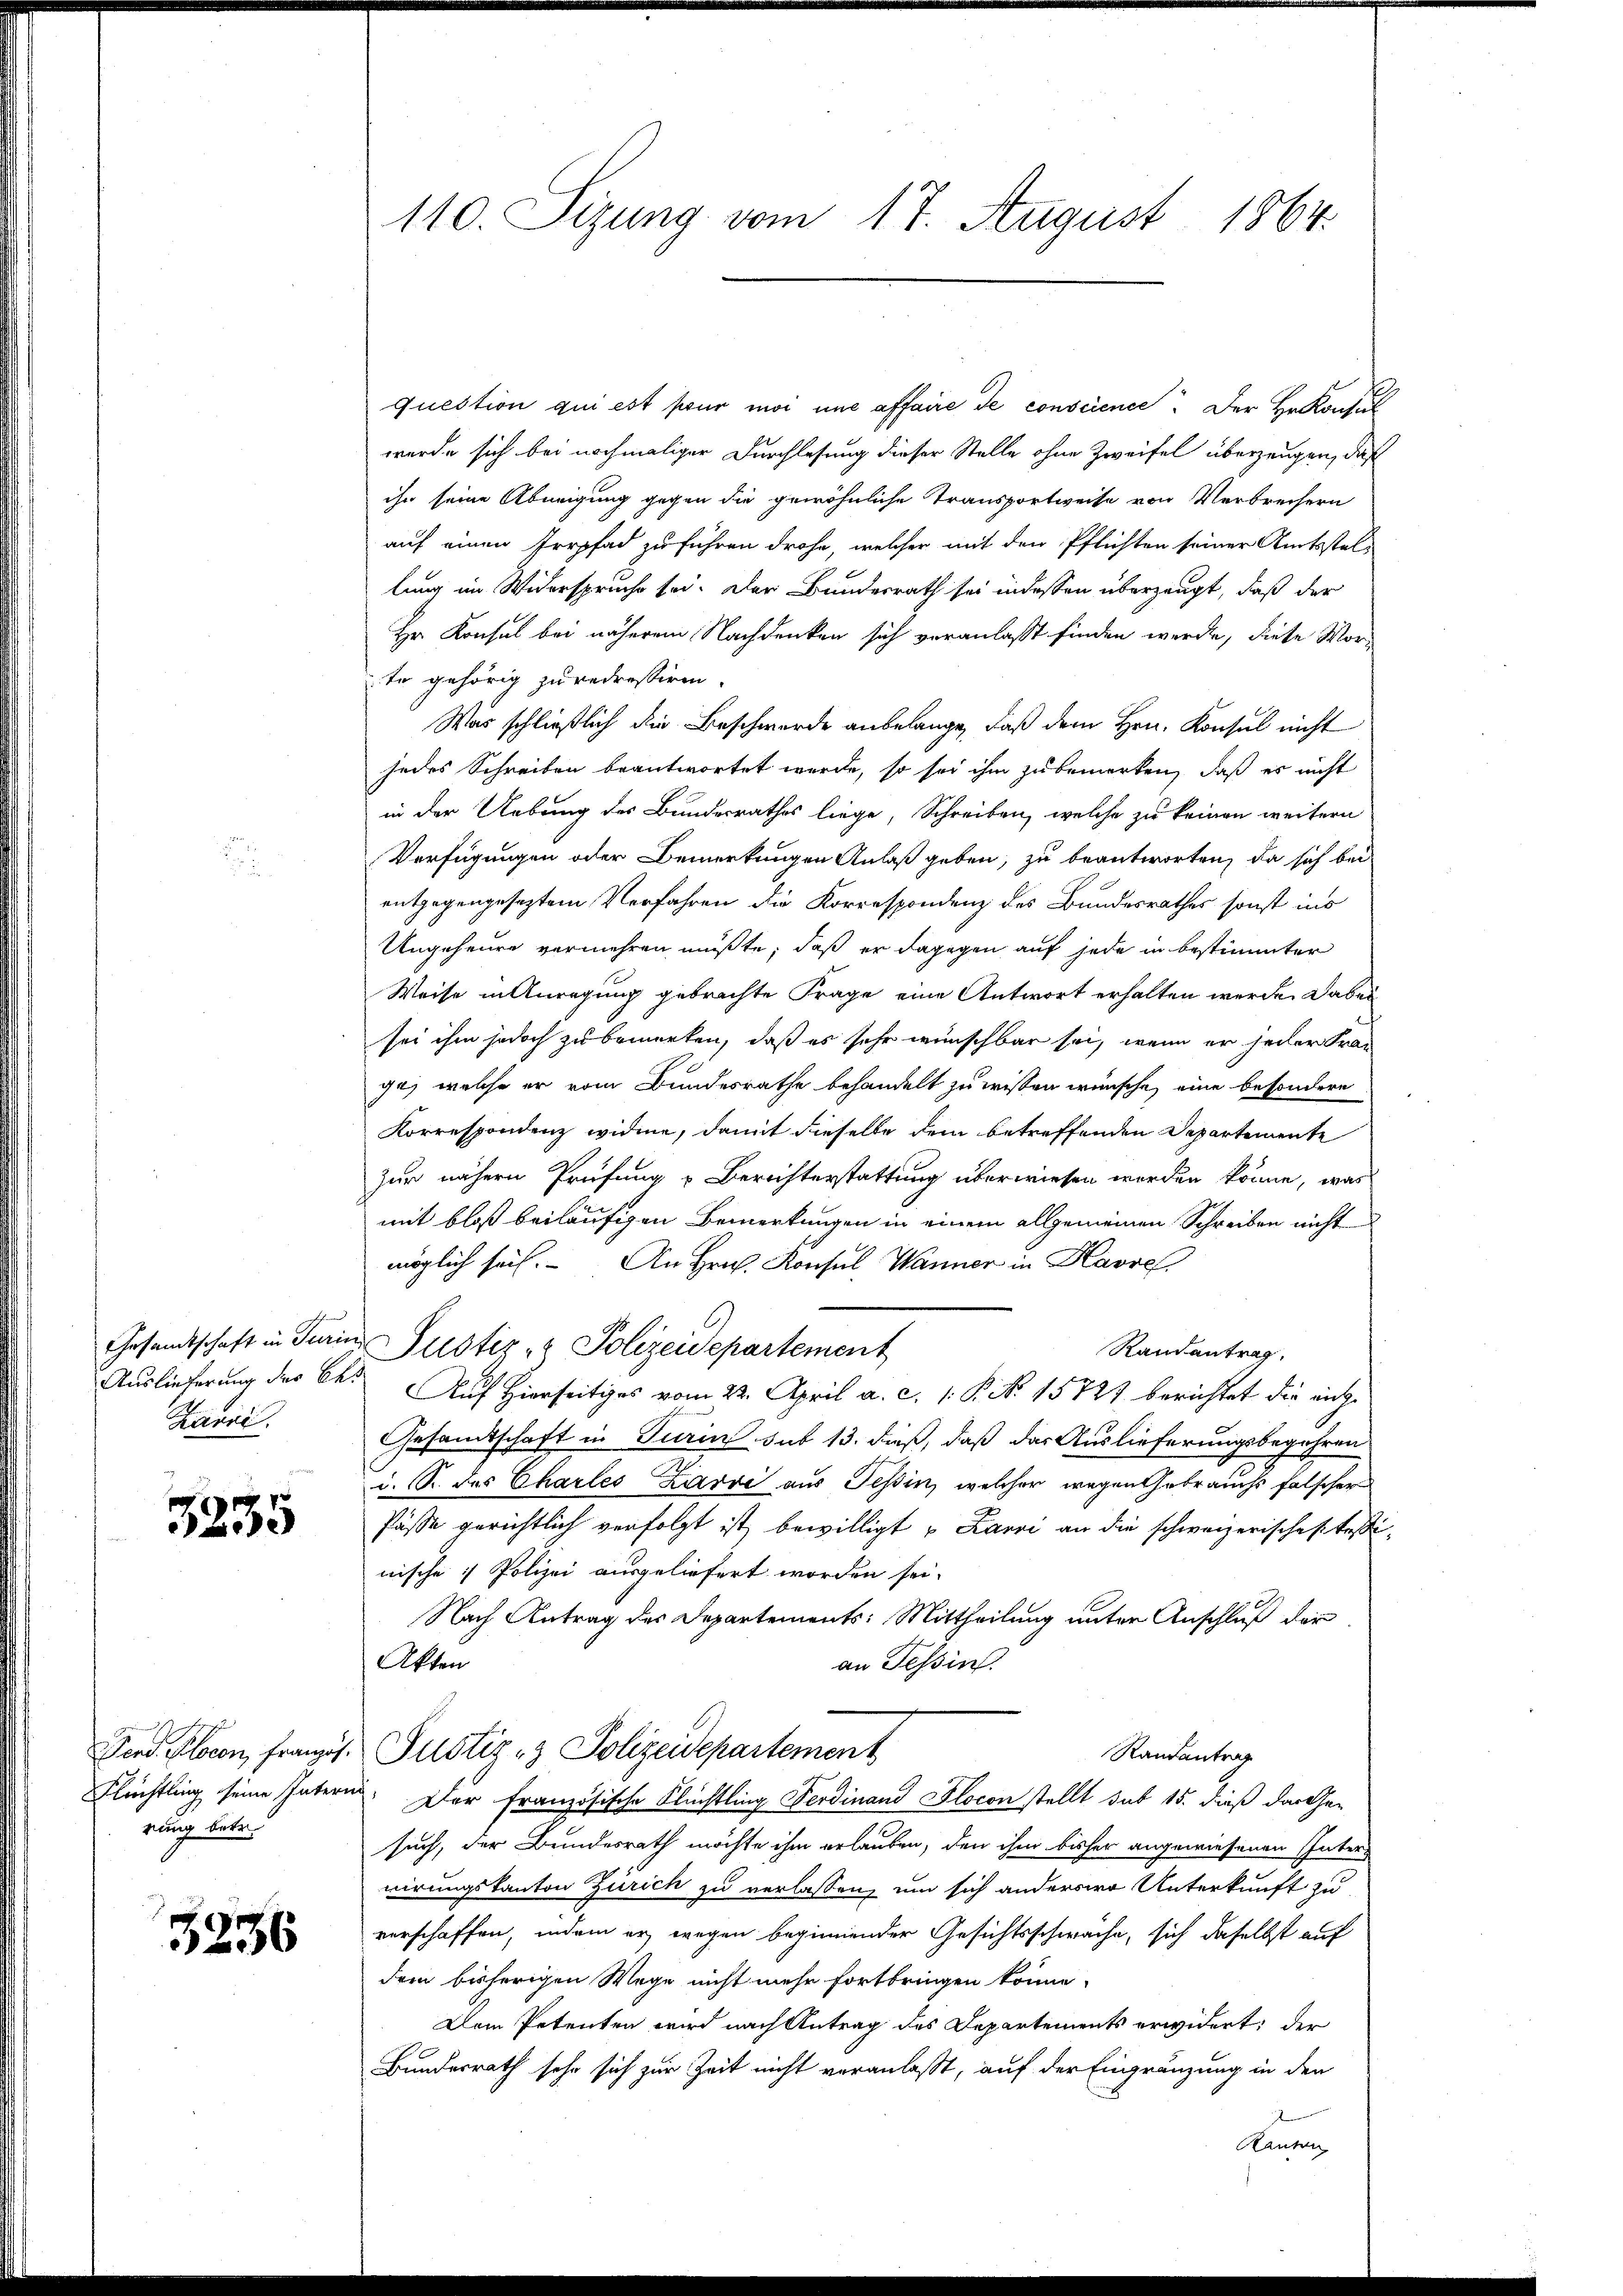
Auslieferung des C.
Zarvi.

3235

rung betr.

5236

110. Seizung vom 17. August 1864.

question qui est pour moi une affaire de conscience. Der Hekonsul
wurde sich bei nochmaliger Durchlesung dieser Stelle ohne Zweifel überzeugen, daß
ihn seine Abneigung gegen die gewöhnliche Transportweise von Verbrechern
auf einen Irrpfad zu führen drohe, welcher mit den Pflichten seiner Amtsstellung im Widerspruche sei. Der Bundesrath sei indessen überzeugt, daß der
Hr. Konsul bei näherem Nachdenken sich voranlasst finden werde, diese Vor-
te gehörig zu redressiren.
Was schließlich die Beschwerde anbelange, daß dem Hrn. Konsul nicht
jedes Schreiben beantwortet werde, so sei ihm zu bemerken, daß es nicht
in der Uebung des Bundesrathes liege, Schreiben, welche zu keinen weitern
Verfügungen oder Bemerkungen Anlaß geben, zu beantworten, da sich bei
entgegengeseztem Verfahren die Korrespondenz des Bundesrathes sonst ins
Ungeheure vermehren müßte, daß er dagegen auf jede in bestimmter
Weise in Anregung gebrachte Frage eine Antwort erhalten werde. Dabei
sei ihm jedoch zu bemerken, daß es sehr wünschbar sei, wenn er jeder Frage, welche er vom Bundesrathe behandelt zu wissen wünsche, eine besondere
Korrespondenz widme, damit dieselbe dem betreffenden Departemente
zur nähern Prüfung Berichterstattung überwiesen werden könne, was
mit bloß beiläufigen Bemerkungen in einem allgemeinen Schreiben nicht
möglich sei. An Hrn. Konsul Wanner in Havre
Gesandtschaft in Turin Pustiz- & Polizeidepartement
Randantrag.
Auf Hierseitiges vom 22. April a. c. 1. P. No. 15721 berichtet die nicht
Gesamtschaft in Turin sub 13. dieß, daß das Auslieferungsbegehren
i. B. des Charles Zarvi aus Tessin, welcher wegen Gebrauchs falscher
Pässe gerichtlich verfolgt ist bewilligt u Karri an die schweizerisches Tessi
nische 1 Polizei ausgeliefert worden sei.
Nach Antrag des Departements: Mittheilung unter Anschluß der
Akten
an Tessin.
end. Plocon, franzis Justiz- & Polizeidepartement
Randantrag
Flüchtling seine Intern. Der französische Flüchtling Ferdinand Flocon stellt sub 15. dieß das Ge-
such, der Bundesrath möchte ihm erlauben, den ihm bisher angewiesenen Interwirungskanton Zürich zu verlassen, um sich anderere Unterkunft zu
verschaffen, indem er wegen beginnender Gesichtsschwäche, sich daselbst auf
dem bisherigen Wege nicht mehr fortbringen könne.
Dem Petenten wird nach Antrag des Departements erwidert; der
Bundesrath sehr sich zur Zeit nicht veranlaßt, auf der Eingränzung in den
Rauern